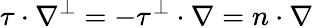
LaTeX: \tau\cdot\nabla^{\perp}=-\tau^{\perp}\cdot\nabla=n\cdot\nabla